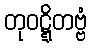
တုဝဋ္ဋိတဗ္ဗံ